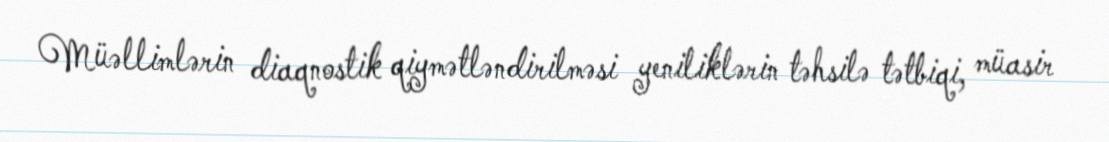
Müəllimlərin diaqnostik qiymətləndirilməsi yeniliklərin təhsilə tətbiqi, müasir